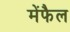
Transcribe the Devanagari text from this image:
मेंफैल